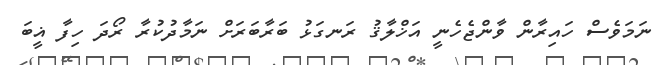
ނަމަވެސް ހައިރާން ވާންޖެހެނީ އަޚްލާޤު ރަނގަޅު ބަރާބަރަށް ނަމާދުކުރާ ރޯދަ ހިފާ ޣީބަ